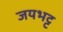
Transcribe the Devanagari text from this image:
जयभट्ट